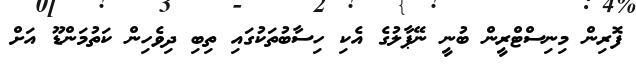
ފޮރިން މިިނިސްޓްރީން ބުނީ ނޭޕާލުގެ އެކި ހިސާބުތަކުގައި ތިބި ދިވެހިން ކަތުމަންޑޫ އަށް